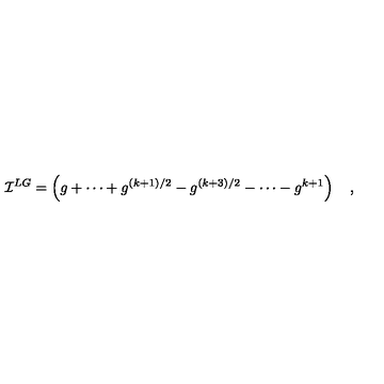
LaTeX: { \cal I } ^ { L G } = \left( g + \cdots + g ^ { ( k + 1 ) / 2 } - g ^ { ( k + 3 ) / 2 } - \cdots - g ^ { k + 1 } \right) \quad ,